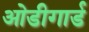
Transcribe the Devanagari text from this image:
ओडीगार्ड